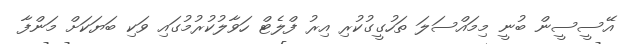
އޭސީސީން ބުނީ މިމައްސަލަ ތަހުގީގުކުރި އިރު ފްލެޓް ހަވާލުކުރުމުގައި ވަކި ބަޔަކަށް މަންފާ